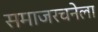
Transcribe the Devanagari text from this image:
समाजरचनेला